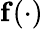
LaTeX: \mathbf f(\cdot)